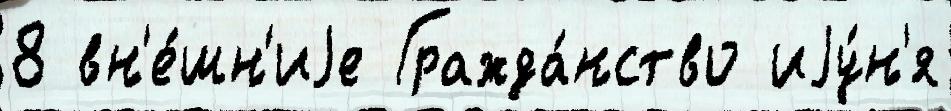
8 вн'е́шн'иjе Гражда́нство иjу́н'я